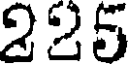
225